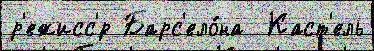
р'ежисс'́р Барс'ело́на  Каст'ель